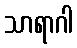
သာရာဂါ